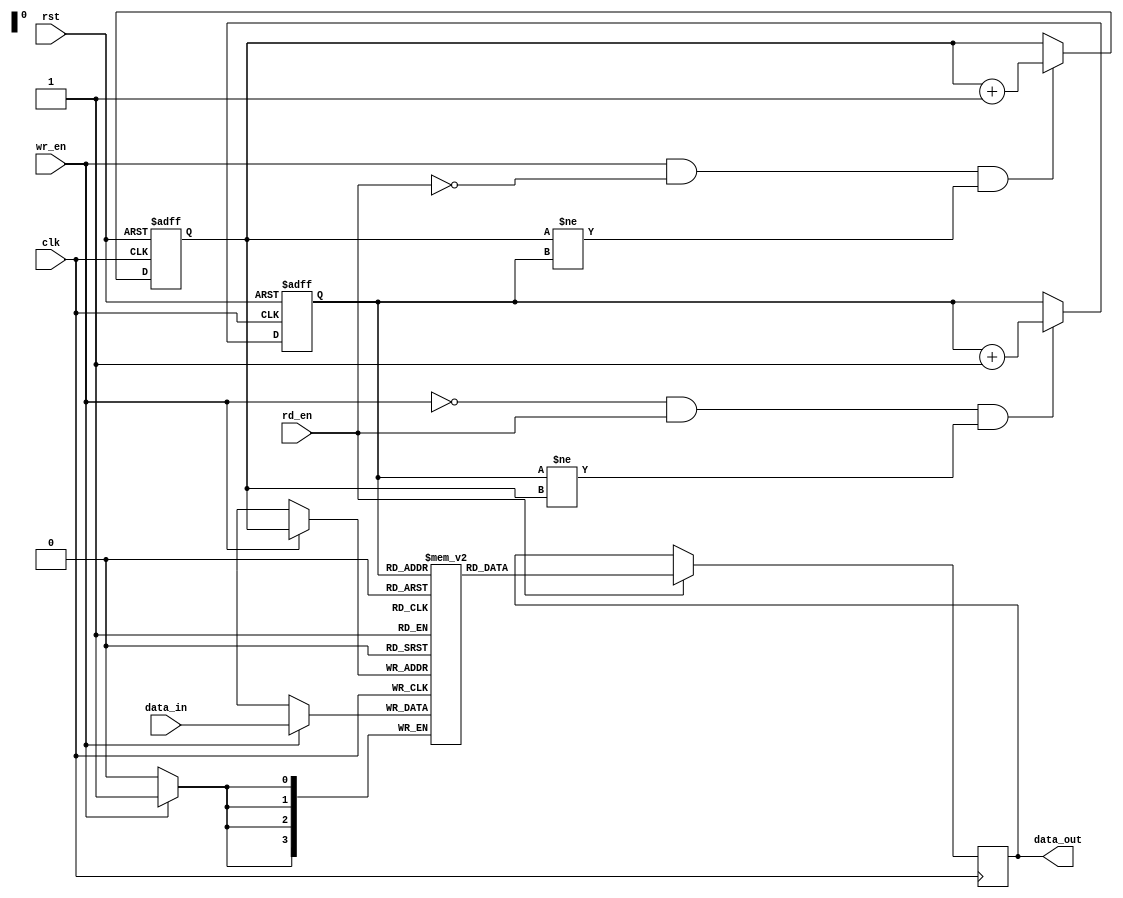
module fifo (
    input wire clk,         // Clock signal
    input wire rst,         // Reset signal
    input wire wr_en,       // Write enable signal
    input wire rd_en,       // Read enable signal
    input wire [3:0] data_in,  // Data input
    output reg [3:0] data_out  // Data output
);

// Parameters
parameter DEPTH = 16;  // Depth of the FIFO

// Internal signals
reg [3:0] mem [0:DEPTH-1];  // Memory array
reg [3:0] read_ptr, write_ptr;  // Read and write pointers

// FIFO control logic
always @ (posedge clk or posedge rst)
begin
    if (rst) begin
        read_ptr <= 0;
        write_ptr <= 0;
    end else begin
        if (wr_en && !rd_en && (write_ptr != read_ptr))
            write_ptr <= write_ptr + 1;
        
        if (!wr_en && rd_en && (read_ptr != write_ptr))
            read_ptr <= read_ptr + 1;
    end
end

// Data read/write operations
always @ (posedge clk)
begin
    if (wr_en)
        mem[write_ptr] <= data_in;
    
    if (rd_en)
        data_out <= mem[read_ptr];
end

endmodule